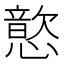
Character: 𫻎